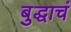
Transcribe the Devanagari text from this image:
बुद्धाचं